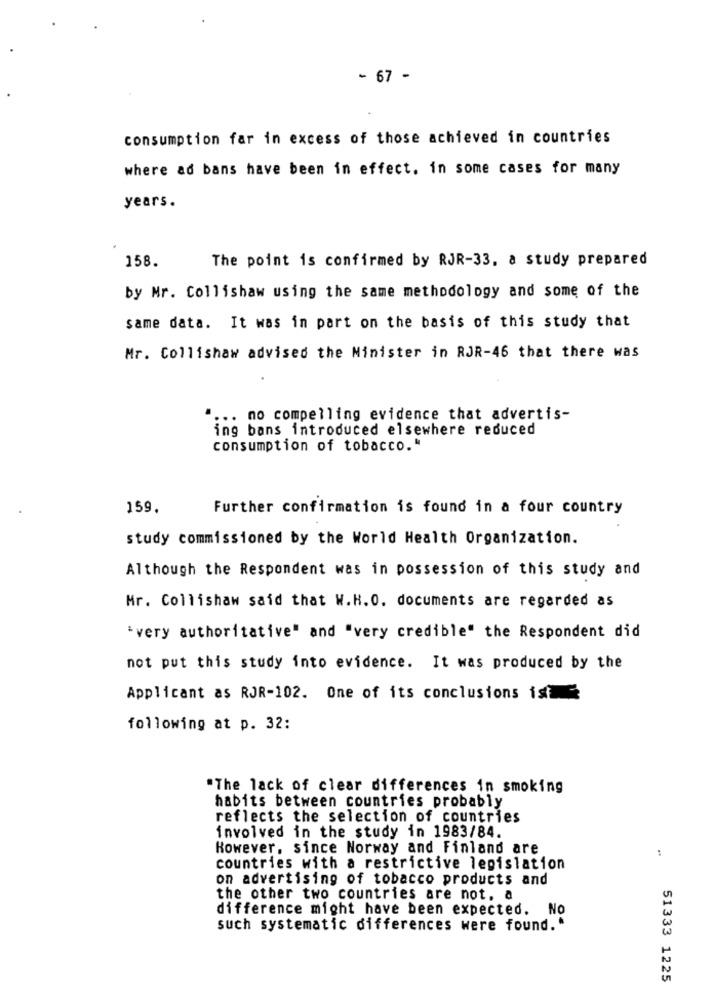
- 67 -
consumption far in excess of those achieved in countries
where ad bans have been in effect. in some cases for many
years.
158.
The point is confirmed by RJR-33, a study prepared
by Mr. Collishaw using the same methodology and some of the
same data. It was in part on the basis of this study that
Mr. Collishaw advised the Minister in RJR-46 that there was
... no compelling evidence that advertis-
ing bans introduced elsewhere reduced
consumption of tobacco."
159.
Further confirmation is found in a four country
study commissioned by the World Health Organization.
Although the Respondent was in possession of this study and
Mr. Collishaw said that W.H.O. documents are regarded as
'very authoritative" and "very credible" the Respondent did
not put this study into evidence. It was produced by the
Applicant as RJR-102. One of its conclusions ist
following at p. 32:
"The lack of clear differences in smoking
habits between countries probably
reflects the selection of countries
involved in the study in 1983/84.
However, since Norway and Finland are
:
countries with a restrictive legislation
on advertising of tobacco products and
the other two countries are not. a
difference might have been expected. No
such systematic differences were found."
51333 1225